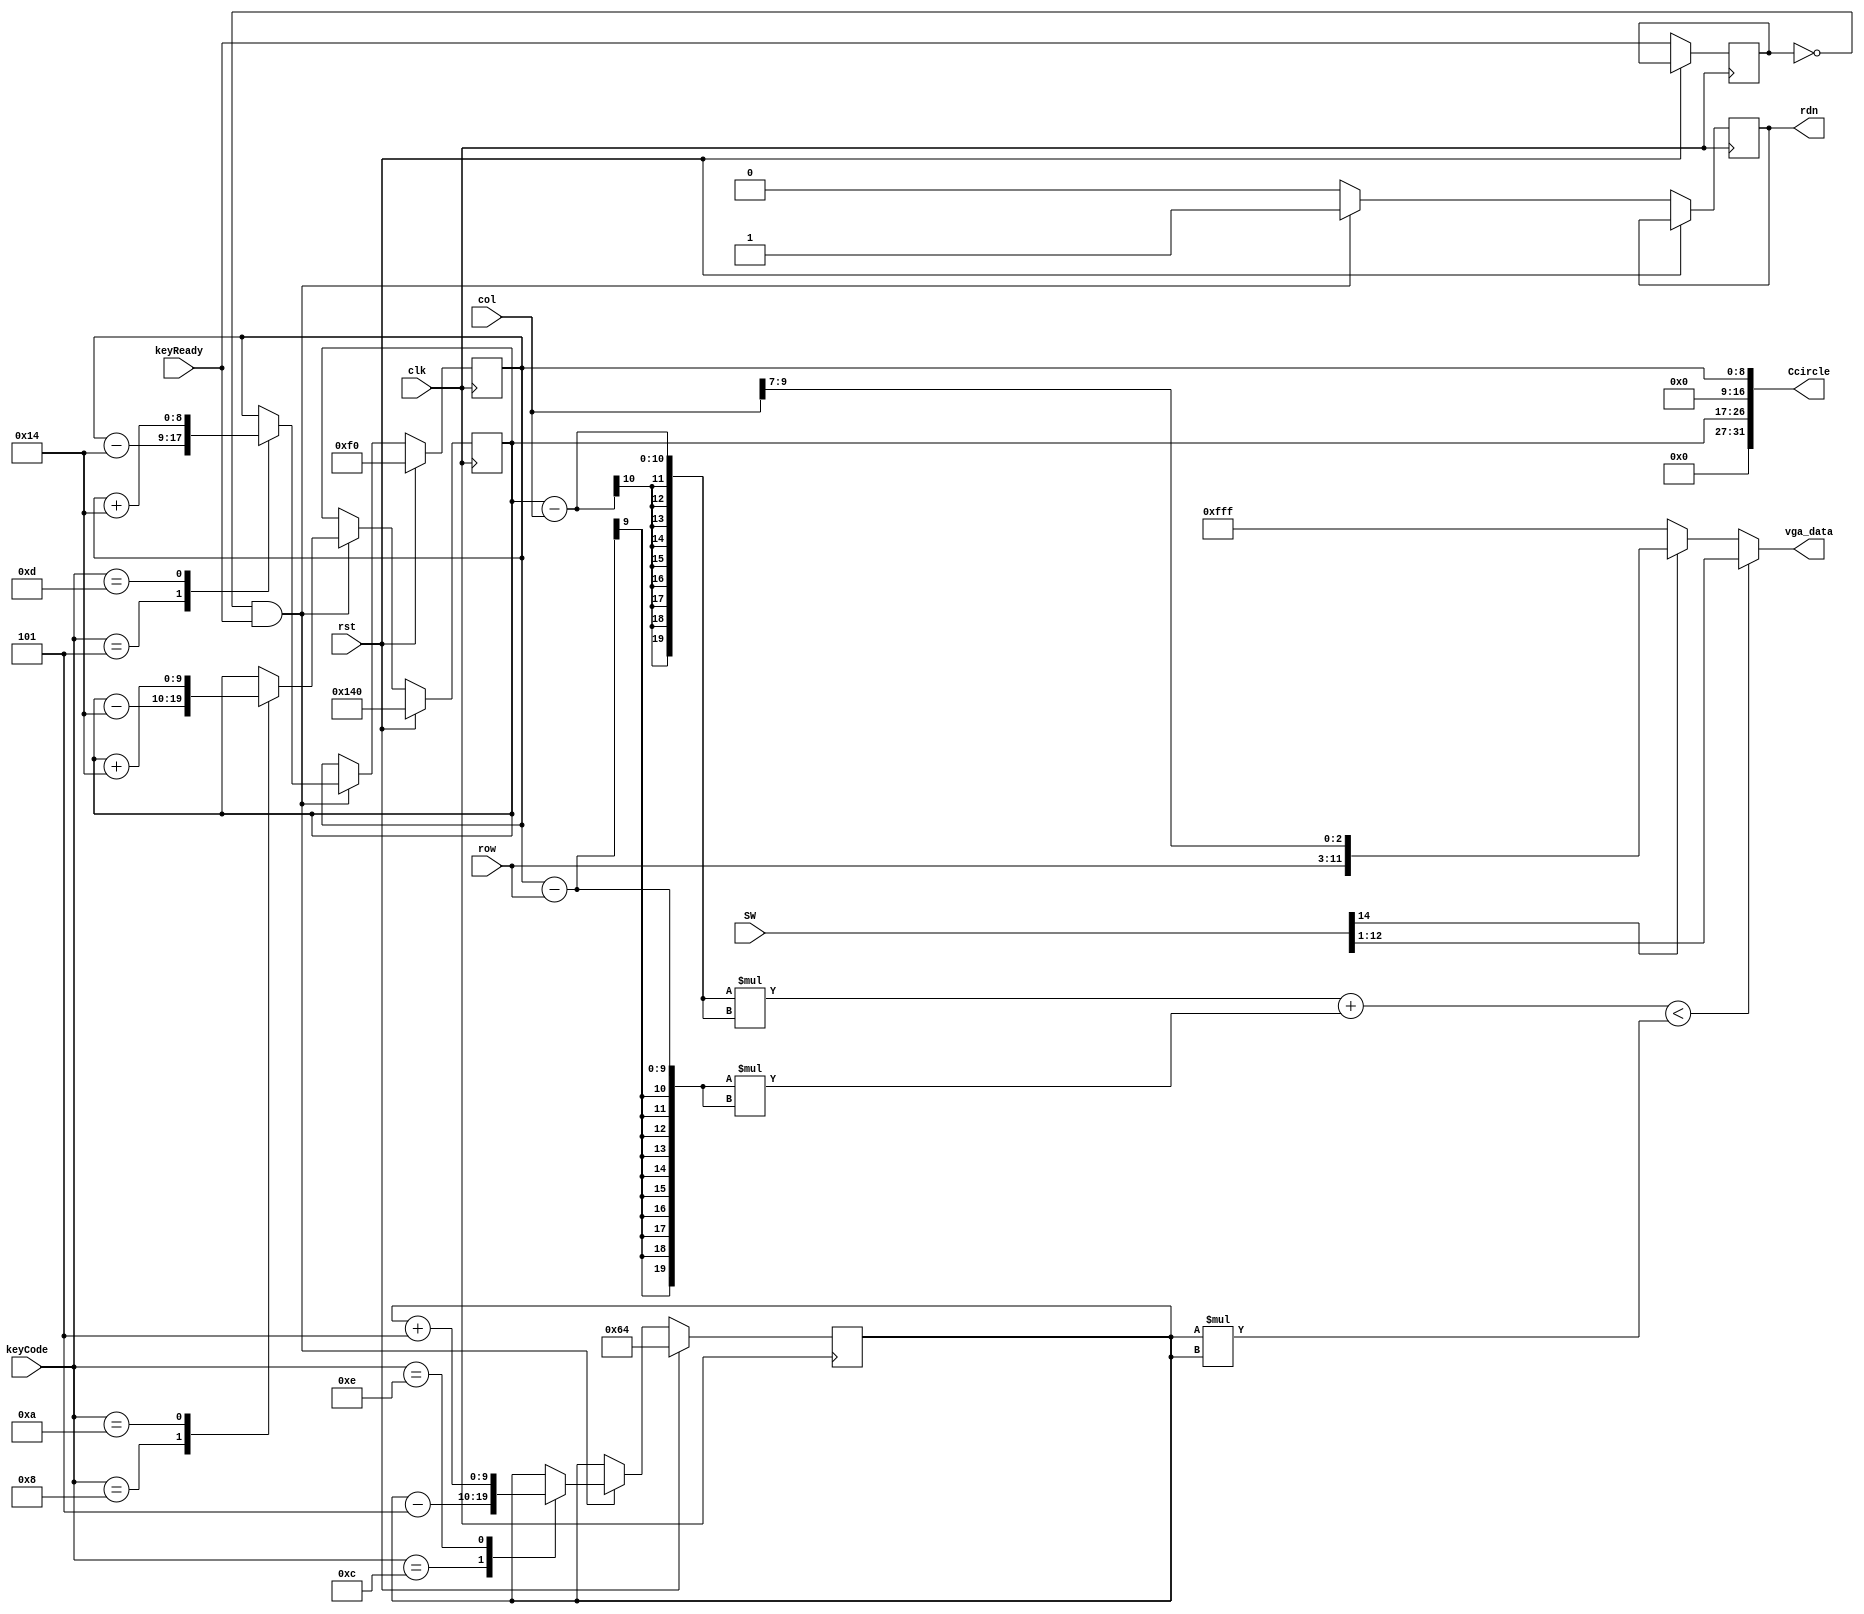
module vgademo(		input clk,
							input rst,
							input keyReady,
							input [4:0]keyCode,
							input [15:0]SW,
							input [8:0]row,
							input [9:0]col,
							
							output [11:0]vga_data,
							output [31:0]Ccircle,
							output reg rdn
    );

reg [9:0] x;				// Բ꣺ˮƽ
reg [8:0] y;				// Բ꣺ֱ

reg [11:0] vga_data;
wire [19:0] x_sqr, y_sqr, r_sqr;
reg wasReady;
reg [9:0] radius = 10'd100;	//Բʼ뾶

	assign Ccircle = {7'b0, x, 8'b0, y};	//Բ꣺ Certer of the circle
	always @(posedge clk) begin				//м¼ˢԲ
		if(rst) begin
			x <= 10'd320;							//λüĻ룺ˮƽ
			y <= 9'd240;							//λüĻ룺ֱ
			radius <= 10'd100;					//Բ뾶15(pixel)
		end 
		else begin
			wasReady <= keyReady;
			rdn <= 0;
			if(!wasReady && keyReady) begin 		//м£(wasReady, keyReady)=01
				rdn <= 1;
				case(keyCode)
					5'hc: radius <= radius - 10'd5;		//Բ뾶С
					5'he: radius <= radius + 10'd5;		//Բ뾶
					5'h8: x <= x - 10'd20;					//Բ
					5'ha: x <= x + 10'd20;					//Բ
					5'h5: y <= y - 9'd20;					//Բ
					5'hd: y <= y + 9'd20;					//Բ
					default : ;
				endcase
			end
		end
	end
	
	assign x_sqr = (x - col) * (x - col);		//Բľƽˮƽ
	assign y_sqr = (y - row) * (y - row);		//Բľƽֱ
	assign r_sqr = radius * radius;				//뾶ƽ
	
	always @ (*) begin 
		if ((x_sqr + y_sqr < r_sqr))				//жԲ
			vga_data <= SW[12:1] ; 					//ԲʾɫSW
		else 	if(SW[14]) vga_data <= {row[8:0], col[9:7]};	//Բ⻨
				else vga_data <= 12'hfff;							//ʾ
		end

endmodule